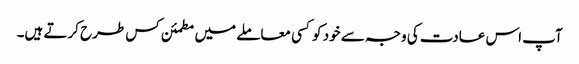
آپ اس عادت کی وجہ سے خود کو کسی معاملے میں مطمئن کس طرح کرتے ہیں۔